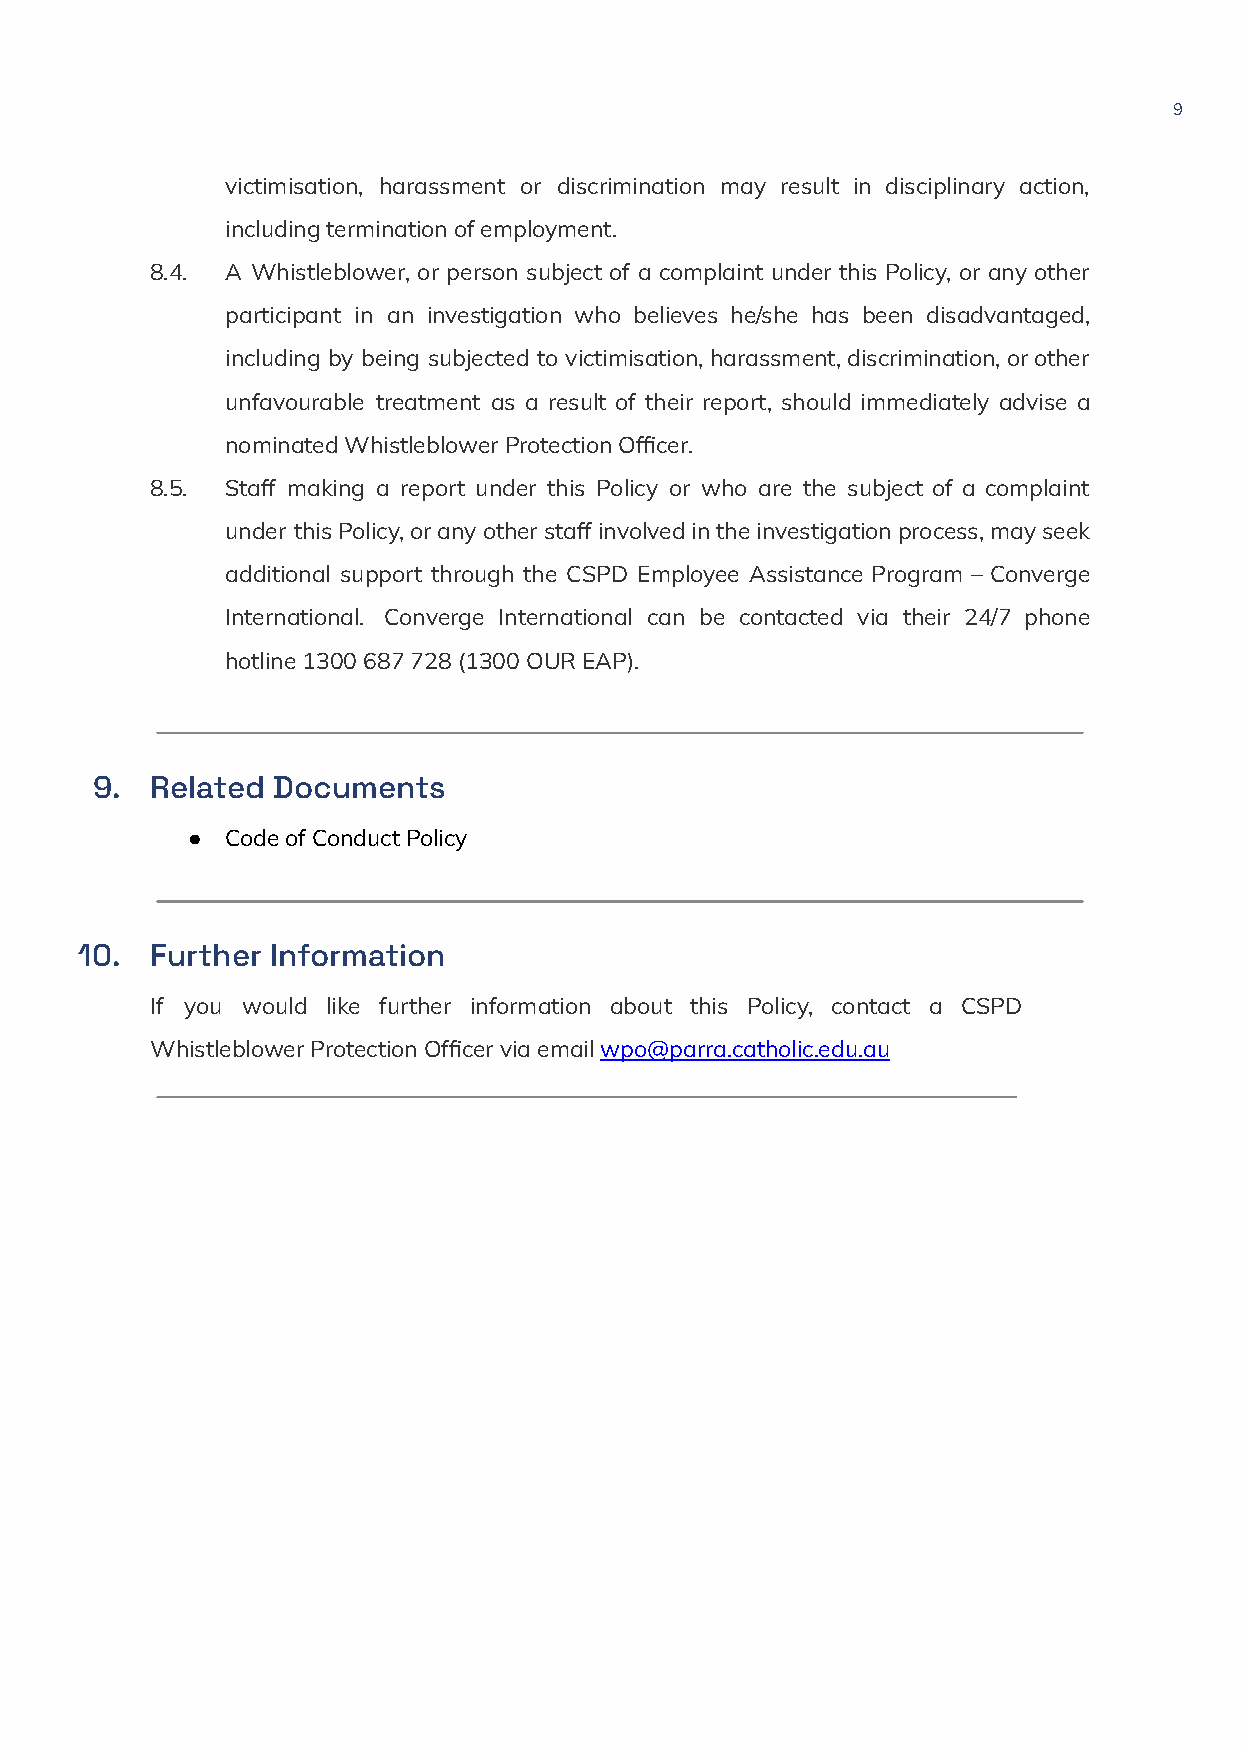
9
 victimisation, harassment or discrimination may result in disciplinary action,
 includingterminationofemployment.
 8.4. A Whistleblower, or person subject of a complaint under this Policy, or any other
 participant in an investigation who believes he/she has been disadvantaged,
 including by being subjected to victimisation,harassment,discrimination,orother
 unfavourable treatment as a result of their report, should immediately advise a
 nominatedWhistleblowerProtectionOfficer.
 8.5. Staff making a report under this Policy or who are the subject of a complaint
 under thisPolicy,oranyotherstaffinvolvedintheinvestigationprocess,mayseek
 additional support through the CSPD Employee Assistance Program – Converge
 International. Converge International can be contacted via their 24/7 phone
 hotline1300687728(1300OUREAP).
 9.  Related Documents
 ●  CodeofConductPolicy
 10.  Further Information
 If you would like further information about this Policy, contact a CSPD
 WhistleblowerProtectionOfficerviaemailwpo@parra.catholic.edu.au